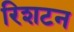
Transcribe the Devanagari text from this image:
रिशटन